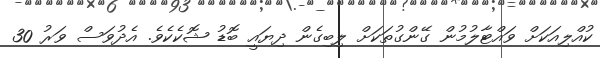
ކުއްލިއަކަށް ވައްޓާލުމުން ގޭންގުތަކަށް ލިބިގެން ދިޔައީ ބޮޑު ޝޮކެކެވެ. އެދުވަސް ވަރު 30